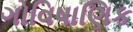
ગોવિષાણિક